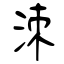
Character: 洓